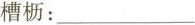
槽枥：___